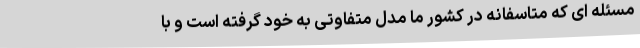
مسئله ای که متاسفانه در کشور ما مدل متفاوتی به خود گرفته است و با